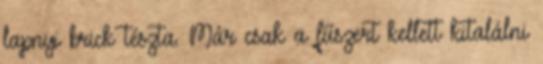
lapnyi brick tészta. Már csak a fűszert kellett kitalálni